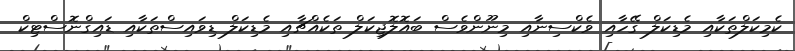
ކެމިކަލްތަކާއި މެޑިކަލް ގޭހާއި ވެކްސިނާއި މިނޫންވެސް ބައޮލޮޖިކަލް ތަކެއްޗާއި މެޑިކަލް ޑިވައިސްތަކާއި ޑައިގްނޮސްޓިކް